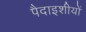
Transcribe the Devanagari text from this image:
पैदाइशीयों